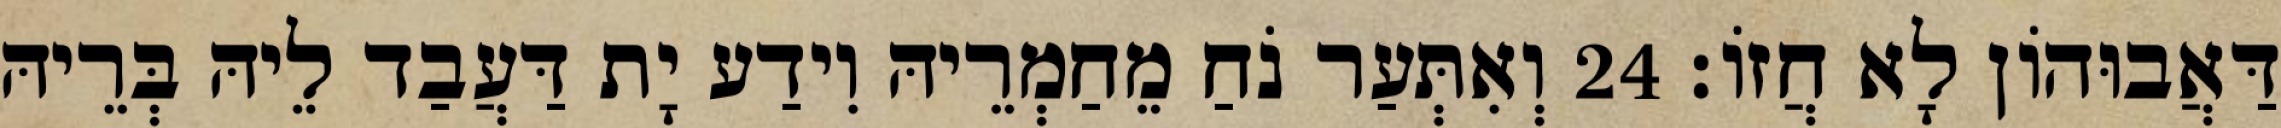
דַּאֲבוּהוֹן לָא חֲזוֹ׃ 24 וְאִתְּעַר נֹחַ מֵחַמְרֵיהּ וִידַע יָת דַּעֲבַד לֵיהּ בְּרֵיהּ